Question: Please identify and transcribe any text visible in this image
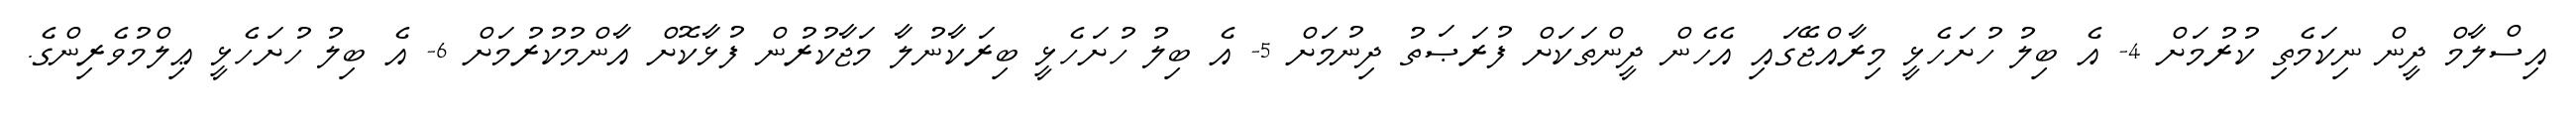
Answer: އިސްލާމް ދީން ނިކަމެތި ކުރުމަށް 4- އެ ބިލު ހުށަހެޅީ މިރާއްޖޭގައި އެހެން ދީންތަކަށް ފުރަޞަތު ދިނުމަށް 5- އެ ބިލު ހުށަހެޅީ ބިރަކާނުލާ މަޖާކުރުން ފުޅާކޮށް އާންމުކުރުމަށް 6- އެ ބިލު ހުށަހެޅީ ޢިލްމުވެރިންގެ.